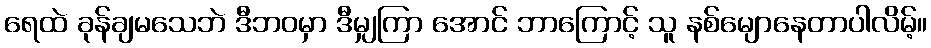
ရေထဲ ခုန်ချမသေဘဲ ဒီဘဝမှာ ဒီမျှကြာ အောင် ဘာကြောင့် သူ နစ်မျောနေတာပါလိမ့်။